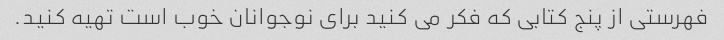
فهرستی از پنج کتابی که فکر می کنید برای نوجوانان خوب است تهیه کنید.